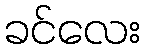
ခင်လေး